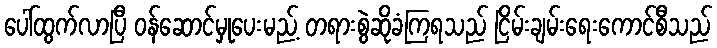
ပေါ်ထွက်လာပြီ ဝန်ဆောင်မှုပေးမည့် တရားစွဲဆိုခံကြရသည် ငြိမ်းချမ်းရေးကောင်စီသည်